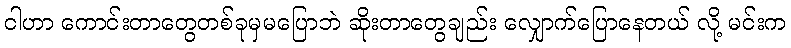
ငါဟာ ကောင်းတာတွေတစ်ခုမှမပြောဘဲ ဆိုးတာတွေချည်း လျှောက်ပြောနေတယ် လို့ မင်းက